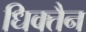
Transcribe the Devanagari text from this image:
धिक्तैन